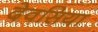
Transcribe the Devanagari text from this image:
देवसिया